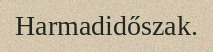
Harmadidőszak.